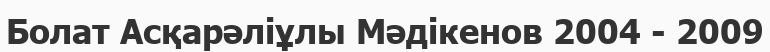
Болат Асқарәліұлы Мәдікенов 2004 - 2009